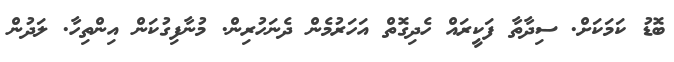
ބޮޑު ކަމަކަށް. ސިދާތާ ފަކީރައް ހެދިގޮތް އަހަރުމެން ދެނަހުރިން. މުނާފިގުކަން އިންތިހާ. ލަދުން